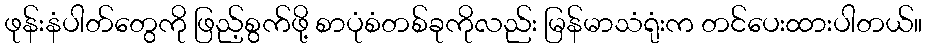
ဖုန်းနံပါတ်တွေကို ဖြည့်စွက်ဖို့ စာပုံစံတစ်ခုကိုလည်း မြန်မာသံရုံးက တင်ပေးထားပါတယ်။